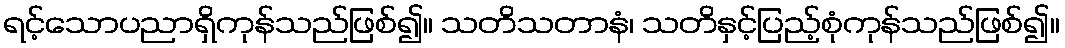
ရင့်သောပညာရှိကုန်သည်ဖြစ်၍။ သတိသတာနံ၊ သတိနှင့်ပြည့်စုံကုန်သည်ဖြစ်၍။